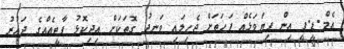
އެމް.ޑީ.ޕީ އިން ފިޔަވަޅެއް ފަހަތަށް ޖެހިލައި ވަނދު ގޮތަކަށް އިދިކޮޅު ޕާޓީއެއްގެ ދައުރު